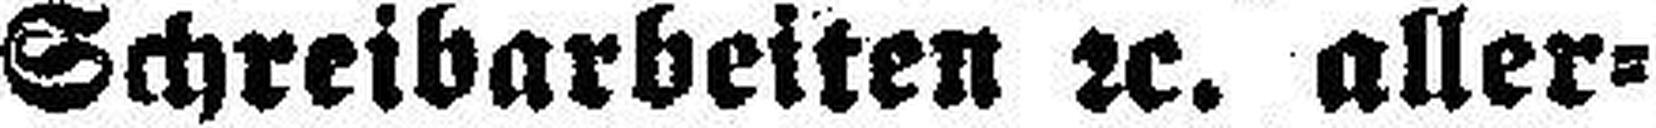
Schreibarbeiten 2c. aller¬